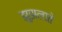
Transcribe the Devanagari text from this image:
झुझलाते